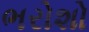
ભરોશો